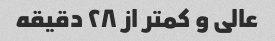
عالی و کمتر از ٢٨ دقیقه